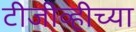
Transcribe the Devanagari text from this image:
टीजीव्हीच्या